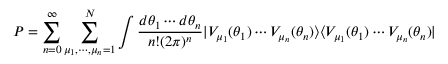
P = \sum _ { n = 0 } ^ { \infty } \sum _ { \mu _ { 1 } , \cdots , \mu _ { n } = 1 } ^ { N } \int { \frac { { d \theta _ { 1 } } \cdots { d \theta _ { n } } } { { n ! } ( 2 \pi ) ^ { n } } | V _ { \mu _ { 1 } } ( \theta _ { 1 } ) \cdots V _ { \mu _ { n } } ( \theta _ { n } ) \rangle \langle V _ { \mu _ { 1 } } ( \theta _ { 1 } ) \cdots V _ { \mu _ { n } } ( \theta _ { n } ) | }